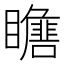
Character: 𱳙